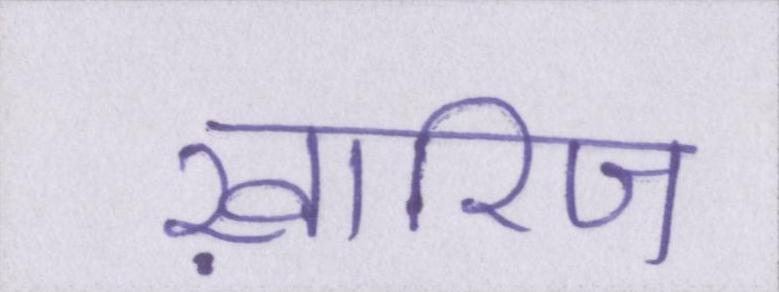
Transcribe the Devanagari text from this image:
ख़ारिज